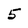
Character: 5